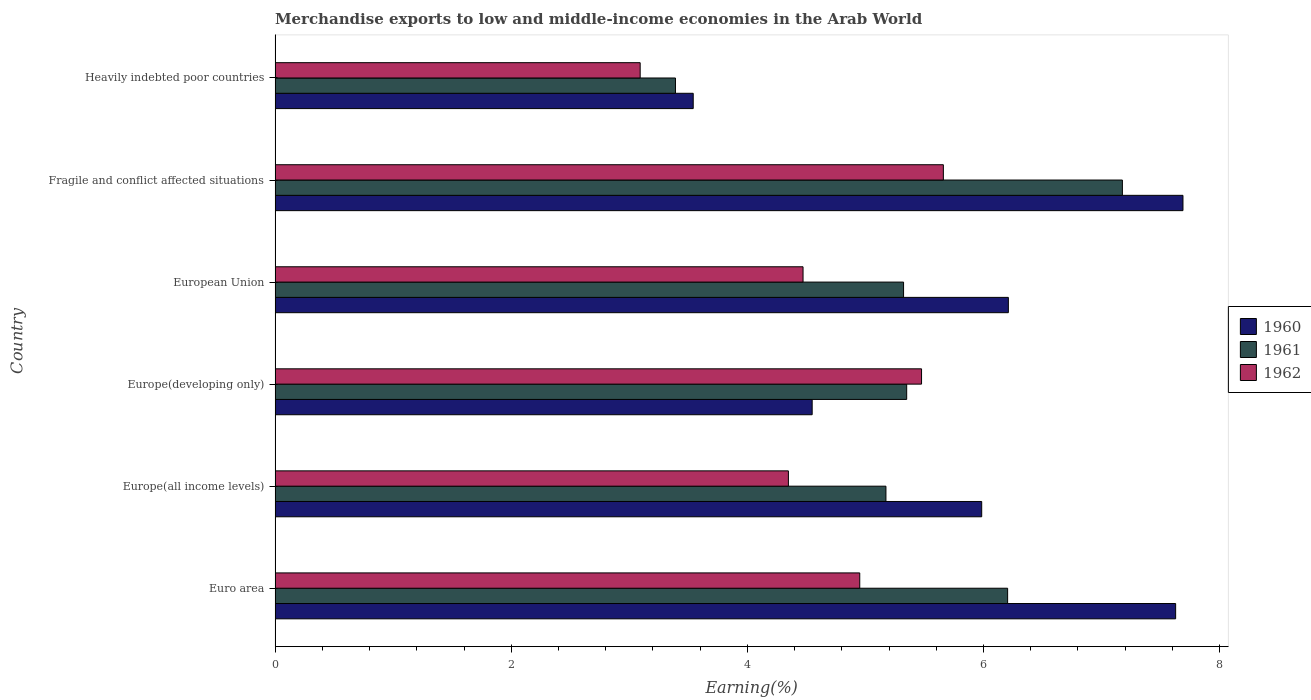
| Country | 1960 | 1961 | 1962 |
 | --- | --- | --- | --- |
 | Euro area | 7.63 | 6.2 | 4.95 |
 | Europe(all income levels) | 5.98 | 5.17 | 4.35 |
 | Europe(developing only) | 4.55 | 5.35 | 5.48 |
 | European Union | 6.21 | 5.32 | 4.47 |
 | Fragile and conflict affected situations | 7.69 | 7.18 | 5.66 |
 | Heavily indebted poor countries | 3.54 | 3.39 | 3.09 |